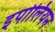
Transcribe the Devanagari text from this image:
इपोलियन